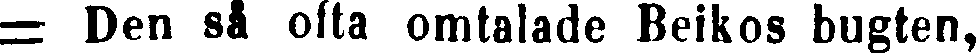
= Den så ofta omtalade Beikos bugten,